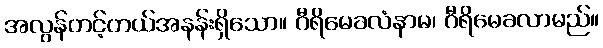
အလွန်တင့်တယ်အနန်းရှိသော။ ဂီရိမေခလံနာမ၊ ဂီရိမေခလာမည်။